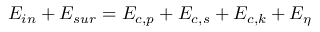
{ { E } _ { i n } } + { { E } _ { s u r } } = { { E } _ { c , p } } + { { E } _ { c , s } } + { { E } _ { c , k } } + { { E } _ { \eta } }